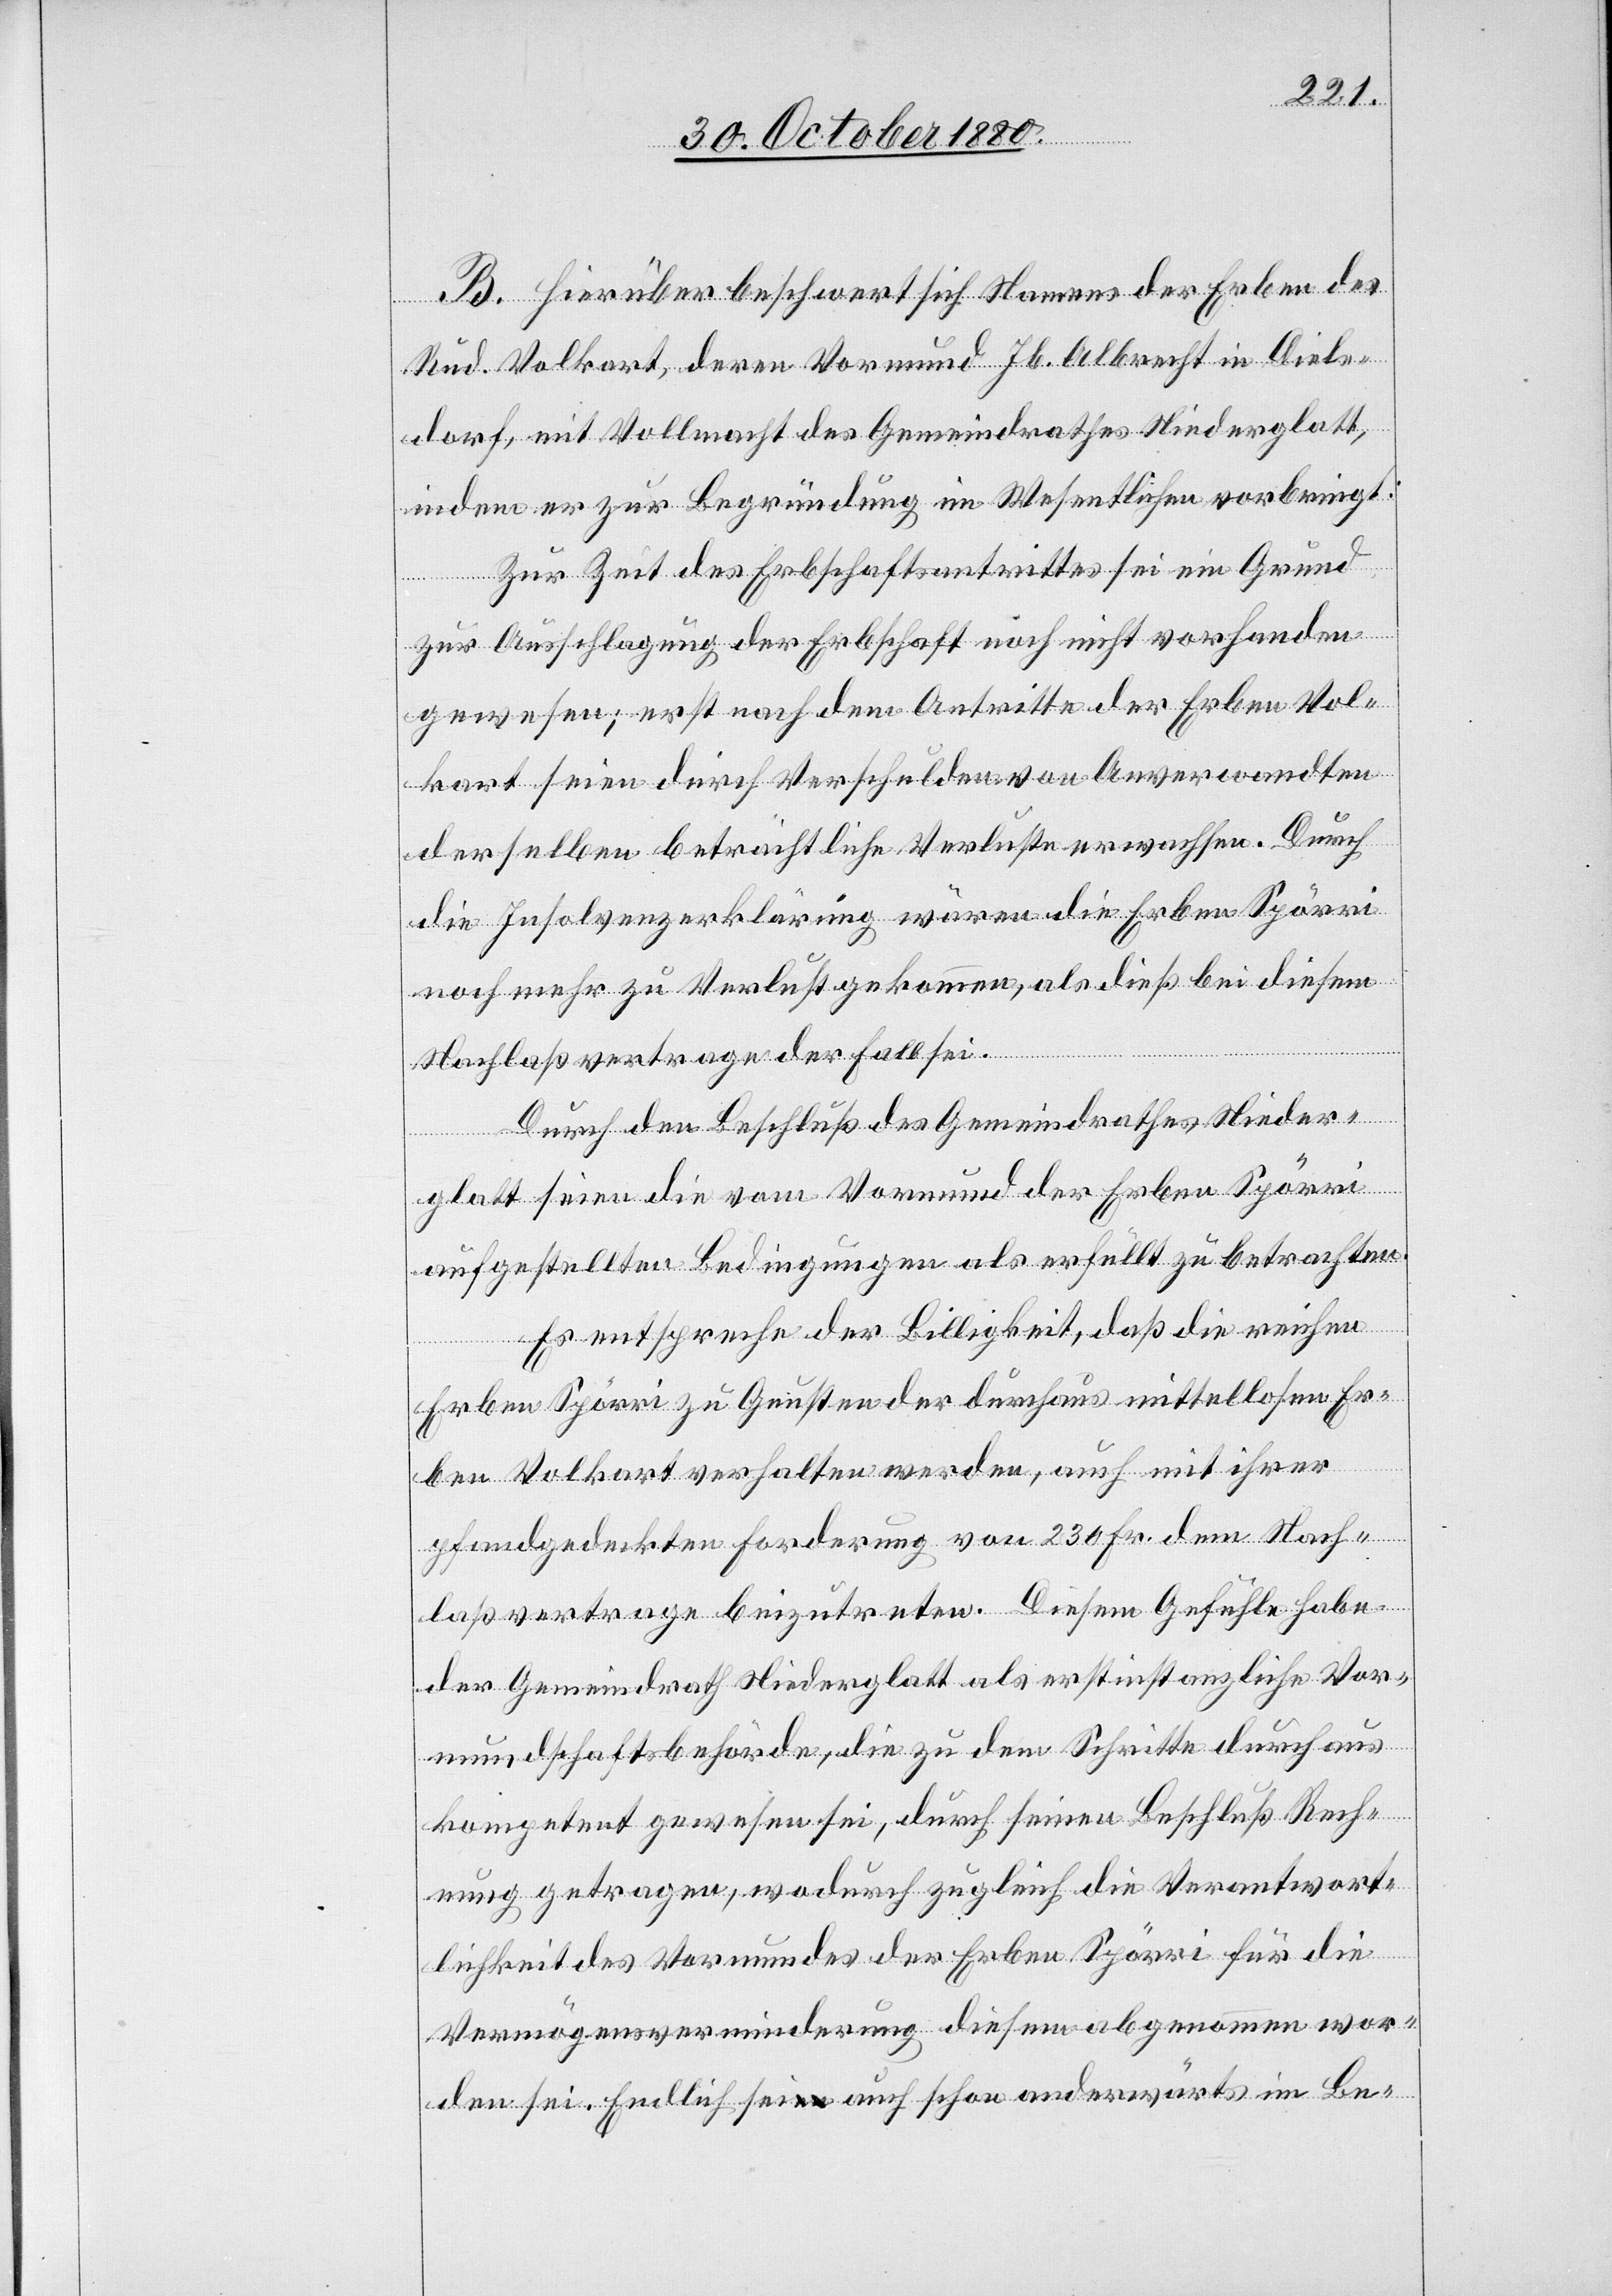
B. Hierüber beschwert sich Namens der Erben des
Rud. Volkart, deren Vormund Jb. Albrecht in Diels¬
dorf, mit Vollmacht des Gemeindrathes Niederglatt,
indem er zur Begründung im Wesentlichen vorbringt:
Zur Zeit des Erbschaftsantrittes sei ein Grund
zur Ausschlagung der Erbschaft noch nicht vorhanden
gewesen; erst nach dem Antritte der Erben Vol¬
kart seien durch Verschulden von Anverwandten
derselben beträchtliche Verluste erwachsen. Durch
die Insolvenzerklärung wären die Erben Spörri
noch mehr zu Verlust gekommen, als dieß bei diesem
Nachlaßvertrage der Fall sei.
Durch den Beschluß des Gemeindrathes Nieder¬
glatt seien die vom Vormund der Erben Spörri
aufgestellten Bedingungen als erfüllt zu betrachten.
Es entspreche der Billigkeit, daß die reichen
Erben Spörri zu Gunsten der durchaus mittellosen Er¬
ben Volkart verhalten werden, auch mit ihrer
pfandgedeckten Forderung von 230 Fr. dem Nach¬
laßvertrage beizutreten. Diesem Gefühle habe
der Gemeindrath Niederglatt als erstinstanzliche Vor¬
mundschaftsbehörde, die zu dem Schritte durchaus
kompetent gewesen sei, durch seinen Beschluß Rech¬
nung getragen, wodurch zugleich die Verantwort¬
lichkeit des Vormundes der Erben Spörri für die
Vermögensverminderung diesem abgenommen wor¬
den sei. Endlich sei auch schon anderwärts im Be-